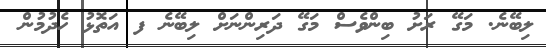
ލިބޭނެ. މަގޭ ރަށު ބިންވެސް މަގޭ ދަރިންނަށް ލިބޭނެ ފ އަތޮޅު ހެދުމުން